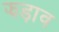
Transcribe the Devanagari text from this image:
झड़ाव